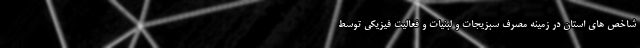
شاخص های استان در زمینه مصرف سبزیجات و لبنیات و فعالیت فیزیکی توسط